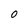
Character: O